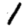
Digit: 1